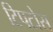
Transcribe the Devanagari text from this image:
टिपटोस